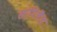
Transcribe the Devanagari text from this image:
सांगिजैल